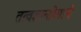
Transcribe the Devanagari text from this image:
तत्वज्ञानप्रेमाचे